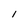
Character: l